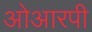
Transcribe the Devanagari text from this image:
ओआरपी